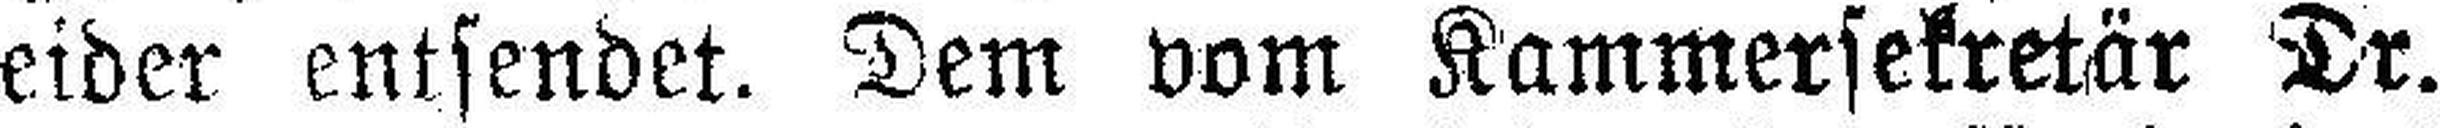
eider entsendet. Dem vom Kammersekretär Dr.